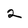
Character: 2